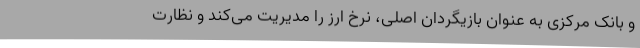
و بانک مرکزی به عنوان بازیگردان اصلی، نرخ ارز را مدیریت می‌کند و نظارت